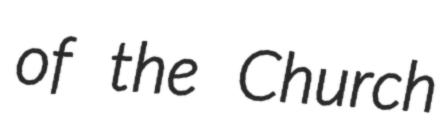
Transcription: of the Church